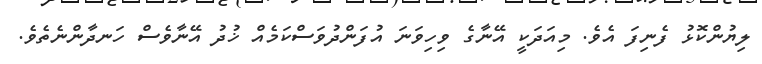
ލިޔުންކޮޅު ފެނިފަ އެވެ. މިއަދަކީ އޭނާގެ ވިހިވަނަ އުފަންދުވަސްކަމެއް ޚުދު އޭނާވެސް ހަނދާންނެތެވެ.